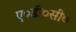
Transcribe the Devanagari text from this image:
ए०डी०सी०